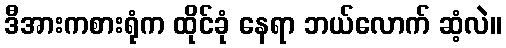
ဒီအားကစားရုံက ထိုင်ခုံ နေရာ ဘယ်လောက် ဆံ့လဲ။